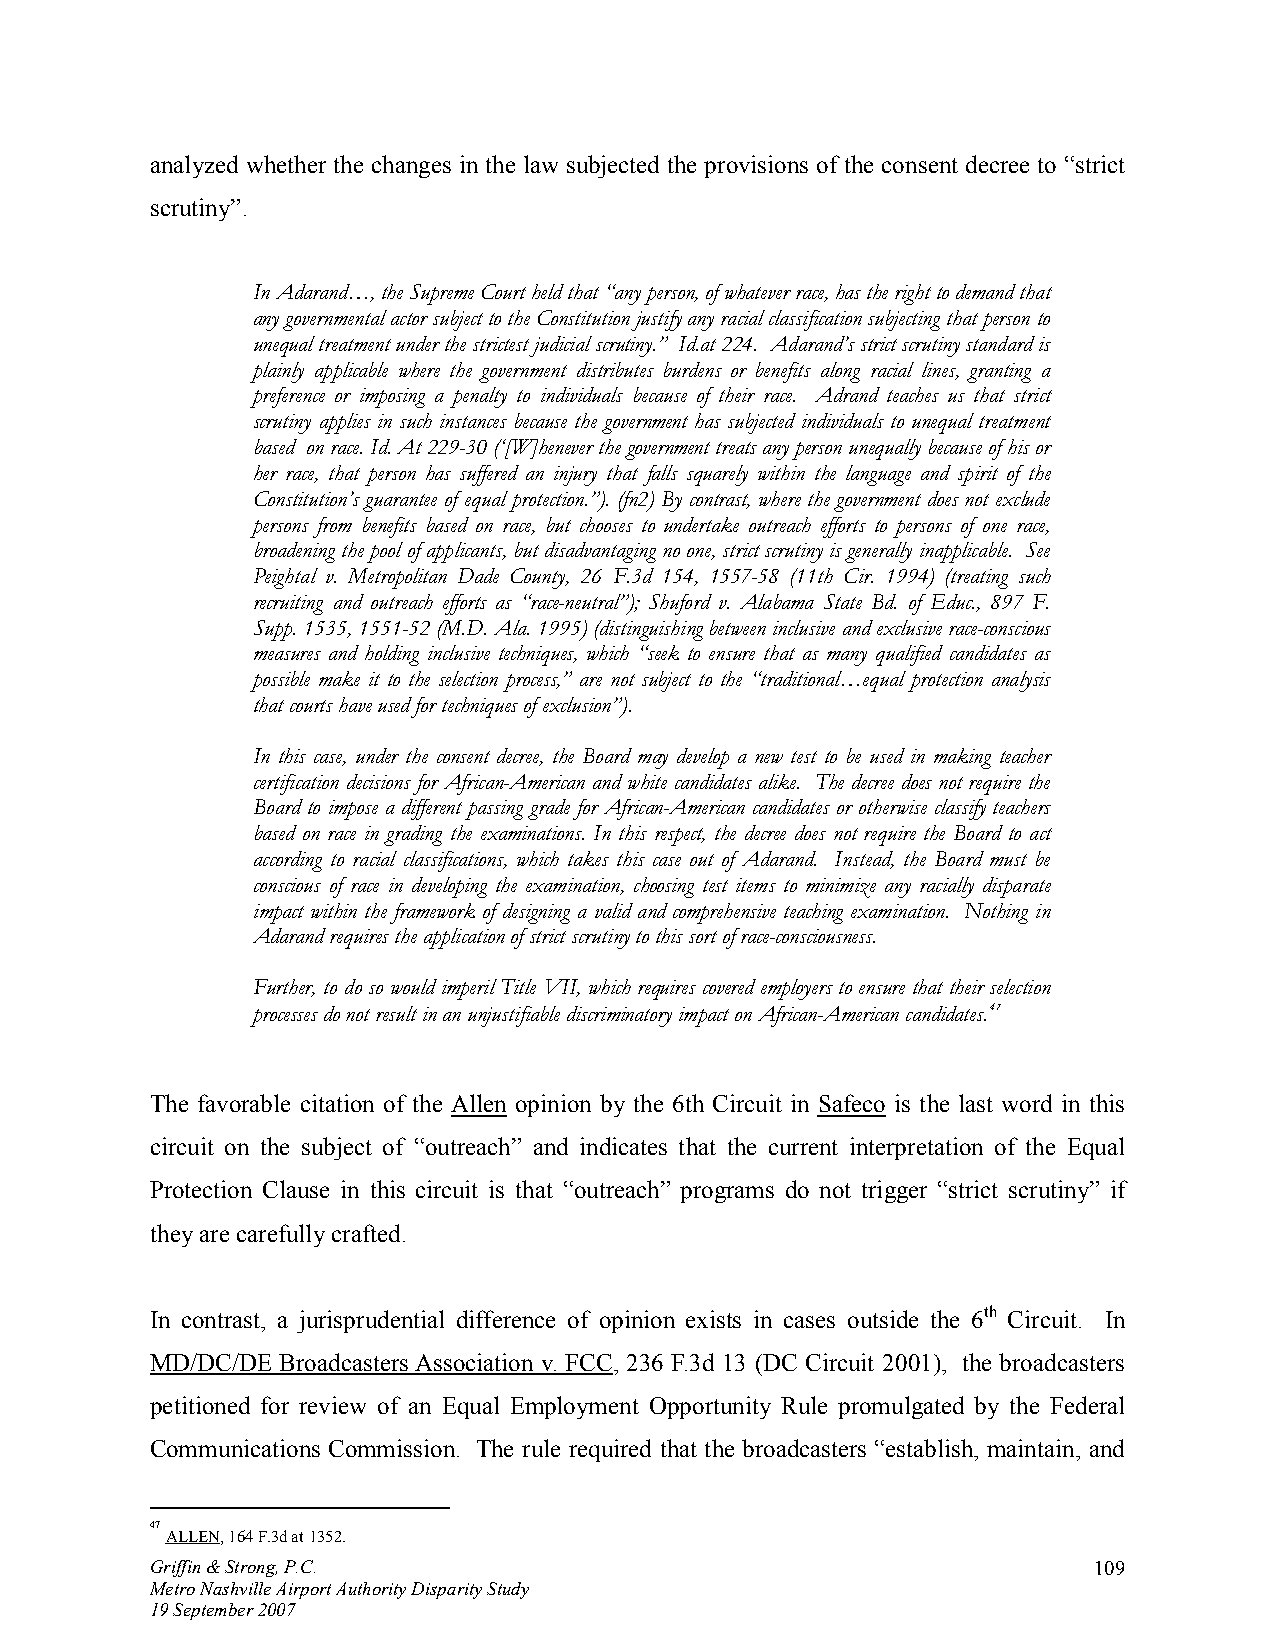
analyzed whether the changes in the law subjected the provisions of the consent decree to “strict
 scrutiny”.
 In Adarand…, the Supreme Court held that “any person, of whatever race, has the right to demand that
 any governmental actor subject to the Constitution justify any racial classification subjecting that person to
 unequal treatment under the strictest judicial scrutiny.” Id.at 224. Adarand’s strict scrutiny standard is
 plainly applicable where the government distributes burdens or benefits along racial lines, granting a
 preference or imposing a penalty to individuals because of their race. Adrand teaches us that strict
 scrutiny applies in such instances because the government has subjected individuals to unequal treatment
 based on race. Id. At 229-30 (‘[W]henever the government treats any person unequally because of his or
 her race, that person has suffered an injury that falls squarely within the language and spirit of the
 Constitution’s guarantee of equal protection.”). (fn2) By contrast, where the government does not exclude
 persons from benefits based on race, but chooses to undertake outreach efforts to persons of one race,
 broadening the pool of applicants, but disadvantaging no one, strict scrutiny is generally inapplicable. See
 Peightal v. Metropolitan Dade County, 26 F.3d 154, 1557-58 (11th Cir. 1994) (treating such
 recruiting and outreach efforts as “race-neutral”); Shuford v. Alabama State Bd. of Educ., 897 F.
 Supp. 1535, 1551-52 (M.D. Ala. 1995) (distinguishing between inclusive and exclusive race-conscious
 measures and holding inclusive techniques, which “seek to ensure that as many qualified candidates as
 possible make it to the selection process,” are not subject to the “traditional…equal protection analysis
 that courts have used for techniques of exclusion”).
 In this case, under the consent decree, the Board may develop a new test to be used in making teacher
 certification decisions for African-American and white candidates alike. The decree does not require the
 Board to impose a different passing grade for African-American candidates or otherwise classify teachers
 based on race in grading the examinations. In this respect, the decree does not require the Board to act
 according to racial classifications, which takes this case out of Adarand. Instead, the Board must be
 conscious of race in developing the examination, choosing test items to minimize any racially disparate
 impact within the framework of designing a valid and comprehensive teaching examination. Nothing in
 Adarand requires the application of strict scrutiny to this sort of race-consciousness.
 Further, to do so would imperil Title VII, which requires covered employers to ensure that their selection
 processes do not result in an unjustifiable discriminatory impact on African-American candidates. 47
 The favorable citation of the Allen opinion by the 6th Circuit in Safeco is the last word in this
 circuit on the subject of “outreach” and indicates that the current interpretation of the Equal
 Protection Clause in this circuit is that “outreach” programs do not trigger “strict scrutiny” if
 they are carefully crafted.
 In contrast, a jurisprudential difference of opinion exists in cases outside the 6th Circuit. In
 MD/DC/DE Broadcasters Association v. FCC, 236 F.3d 13 (DC Circuit 2001), the broadcasters
 petitioned for review of an Equal Employment Opportunity Rule promulgated by the Federal
 Communications Commission. The rule required that the broadcasters “establish, maintain, and
 47
 ALLEN, 164 F.3d at 1352.
 Griffin & Strong, P.C.                                        109
 Metro Nashville Airport Authority Disparity Study
 19 September 2007